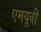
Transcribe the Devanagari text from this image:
एमयूवी